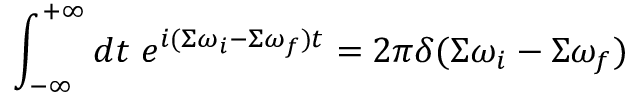
\int _ { - \infty } ^ { + \infty } d t \; e ^ { i ( \Sigma \omega _ { i } - \Sigma \omega _ { f } ) t } = 2 \pi \delta ( \Sigma \omega _ { i } - \Sigma \omega _ { f } )